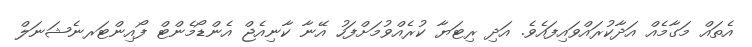
އެތައް މަގާމެއް އަދާކުރައްވައިފައެވެ. އަދި ރިޓަޔާ ކުރެއްވުމަށްފަހު އޭނާ ކާނިއެޖް އެންޑޯމެންޓް ފޯއިންޓަރނެޝަނަލް